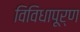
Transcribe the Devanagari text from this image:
विविधापूर्ण